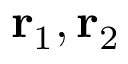
\mathbf { r } _ { 1 } , \mathbf { r } _ { 2 }